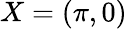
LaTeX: X=(\pi,0)